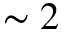
\sim 2